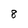
Character: 8